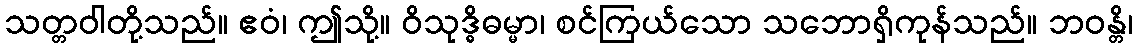
သတ္တဝါတို့သည်။ ဧဝံ၊ ဤသို့။ ဝိသုဒ္ဓိဓမ္မာ၊ စင်ကြယ်သော သဘောရှိကုန်သည်။ ဘဝန္တိ၊